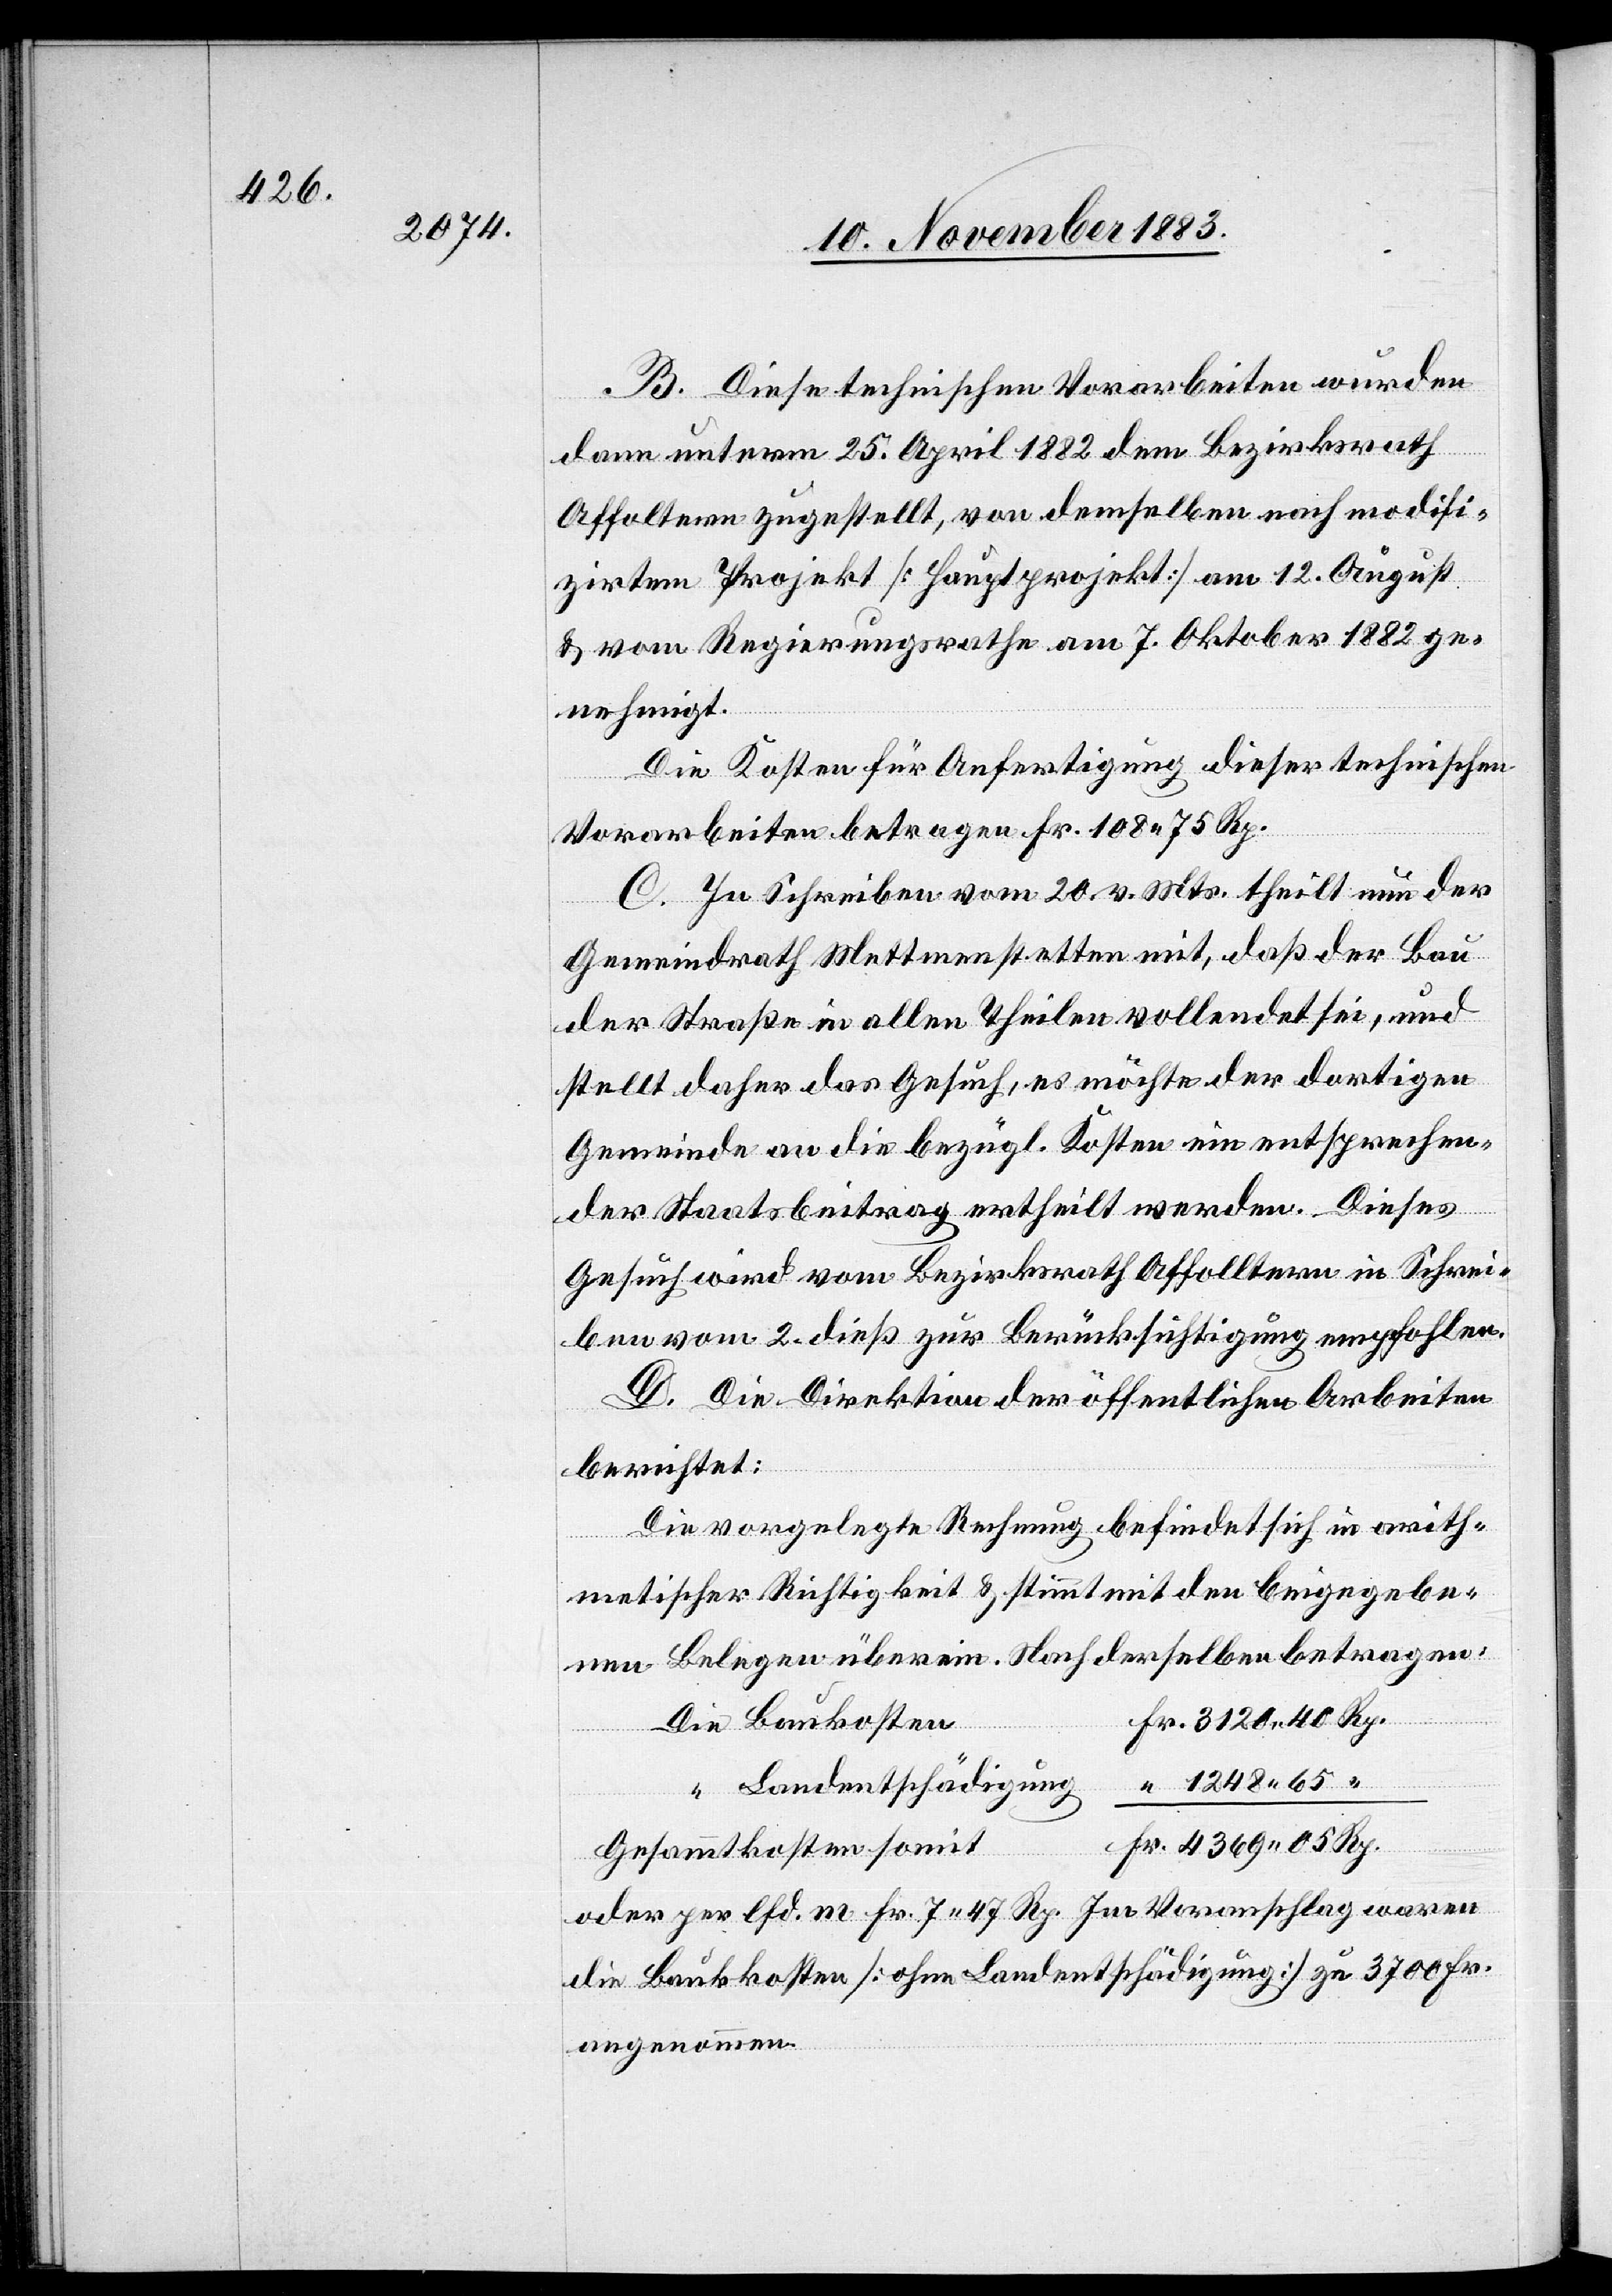
4369

B. Diese technischen Vorarbeiten wurden
dann unterm 25. April 1882 dem Bezirksrath
Affoltern zugestellt, von demselben nach modifi¬
zirtem Projekt [Hauptprojekt] am 12. August
& vom Regierungsrath am 7. Oktober 1882 ge¬
nehmigt.
Die Kosten für Anfertigung dieser technischen
Vorarbeiten betragen Fr. 108 75 Rp.
C. In Schreiben vom 20. v. Mts theilt nun der
Gemeindrath Mettmenstetten mit, daß der Bau
der Straße in allen Theilen vollendet sei, und
stellt daher das Gesuch, es möchte der dortigen
Gemeinde an die bezügl. Kosten ein entsprechen¬
der Staatsbeitrag ertheilt werden. Dieses
Gesuch wird vom Bezirksrath Affolltern [sic!] in Schrei¬
ben vom 2. dieß zur Berücksichtigung empfohlen.
D. Die Direktion der öffentlichen Arbeiten
berichtet:
Die vorgelegte Rechnung befindet sich in arith¬
metischer Richtigkeit & stimmt mit den beigegebe¬
nen Belegen überein. Nach derselben betragen:
Die Baukosten
1248 65
“ Landentschädigung
“
Gesammtkosten somit
oder per lfd. m Fr. 7 47 Rp. Im Voranschlag waren
die Baukosten [ohne Landentschädigung] zu 3700 Fr.
angenommen.